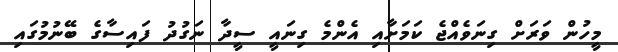
މީހުން ވަރަށް ގިނަވެއްޖެ ކަމަށާއި އެންމެ ގިނައީ ސީދާ ނަގުދު ފައިސާގެ ބޭނުމުގައި